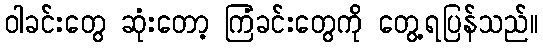
ဝါခင်းတွေ ဆုံးတော့ ကြံခင်းတွေကို တွေ့ရပြန်သည်။